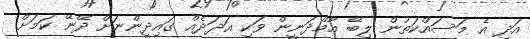
އަދި އެ މަސައްކަތުން ލިބޭ އާމްދަނީން ވަކި އަދަދެއް ގައިދީންނަށް ދޭނޭ ކަމަށް